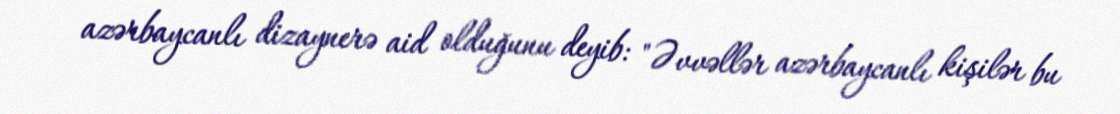
azərbaycanlı dizaynerə aid olduğunu deyib: "Əvvəllər azərbaycanlı kişilər bu